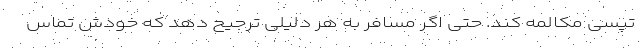
تپسی مکالمه کند. حتی اگر مسافر به هر دلیلی ترجیح دهد که خودش تماس